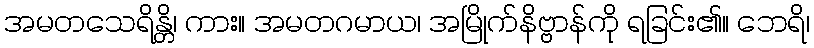
အမတသေရိန္တိ၊ ကား။ အမတဂမာယ၊ အမြိုက်နိဗ္ဗာန်ကို ရခြင်း၏။ ဘေရိ၊